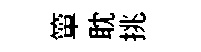
簞耽挑